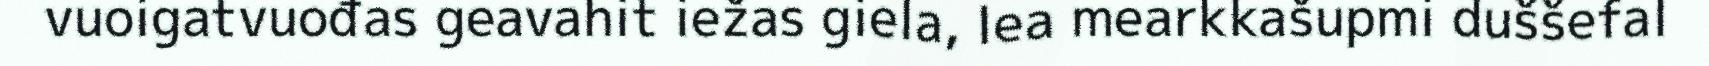
vuoigatvuođas geavahit iežas giela, lea mearkkašupmi duššefal